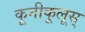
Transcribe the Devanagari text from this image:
कूनीकूलूस्